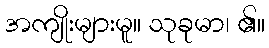
အကျိုးများမူ။ သုခုမာ၊ ၏။